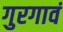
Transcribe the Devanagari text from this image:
गुरगावं